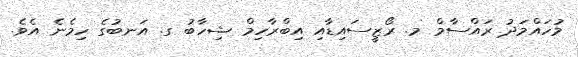
މުހައްމަދު ރައްސާމް މ. ރޯޒީސައިޑާއި އިބްރާހިމް ޝިހާބު ގ. އަނބުގެ ހިމެނެ އެވެ.